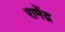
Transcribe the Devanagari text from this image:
रामेंद्र